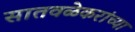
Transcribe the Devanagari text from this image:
सातवळेकरांच्या